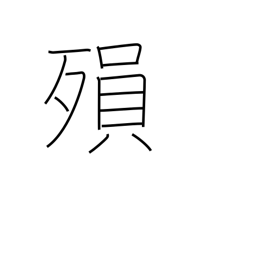
Meaning: die